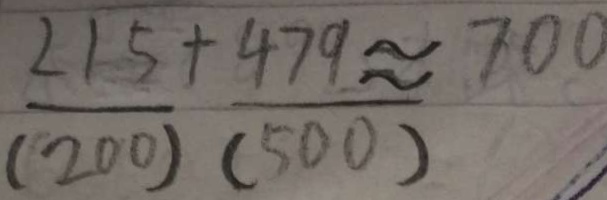
\frac { 2 1 5 } { ( 2 0 0 ) } + \frac { 4 7 9 } { ( 5 0 0 ) } \approx 7 0 0